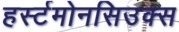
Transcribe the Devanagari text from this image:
हर्स्टमोनसिउक्स